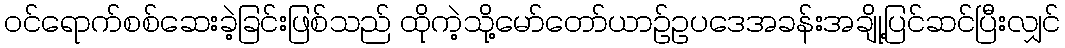
ဝင်ရောက်စစ်ဆေးခဲ့ခြင်းဖြစ်သည် ထိုကဲ့သို့မော်တော်ယာဉ်ဥပဒေအခန်းအချို့ပြင်ဆင်ပြီးလျှင်